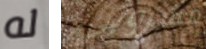
له مشروبي